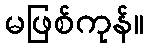
မဖြစ်ကုန်။